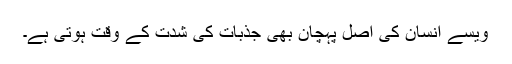
ویسے انسان کی اصل پہچان بھی جذبات کی شدت کے وقت ہوتی ہے۔